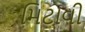
મિટાવી